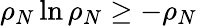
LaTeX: \rho_{N}\ln\rho_{N}\ge-\rho_{N}